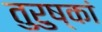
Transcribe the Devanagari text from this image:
तुरुष्कां